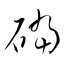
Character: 礑